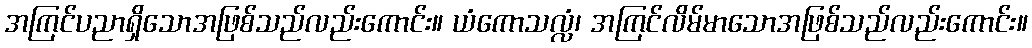
အကြင်ပညာရှိသောအဖြစ်သည်လည်းကောင်း။ ယံကောသလ္လံ၊ အကြင်လိမ်မာသောအဖြစ်သည်လည်းကောင်း။